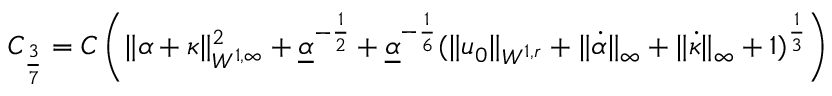
C _ { \frac { 3 } { 7 } } = C \left( \| \alpha + \kappa \| _ { W ^ { 1 , \infty } } ^ { 2 } + \underline { { \alpha } } ^ { - \frac { 1 } { 2 } } + \underline { { \alpha } } ^ { - \frac { 1 } { 6 } } ( \| u _ { 0 } \| _ { W ^ { 1 , r } } + \| \dot { \alpha } \| _ { \infty } + \| \dot { \kappa } \| _ { \infty } + 1 ) ^ { \frac { 1 } { 3 } } \right)